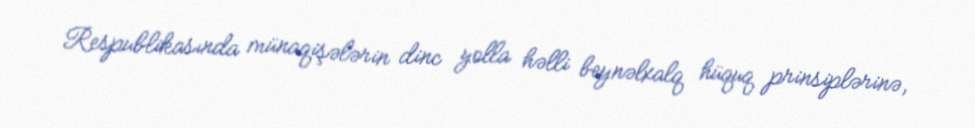
Respublikasında münaqişələrin dinc yolla həlli beynəlxalq hüquq prinsiplərinə,